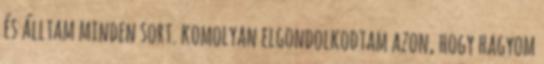
és álltam minden sort. komolyan elgondolkodtam azon, hogy hagyom